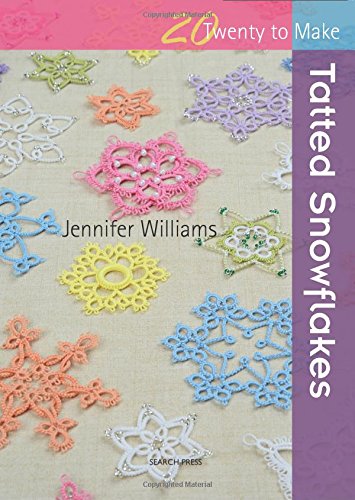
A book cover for Tatted Snowflakes (Twenty to Make); Jennifer Williams; Crafts, Hobbies & Home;